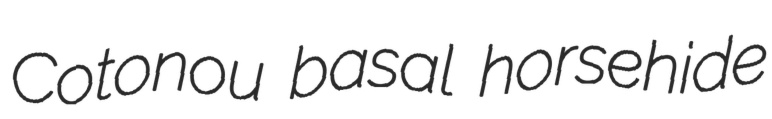
Cotonou basal horsehide